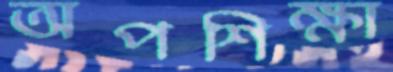
অপশিক্ষা